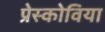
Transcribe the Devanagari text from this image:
प्रेस्कोविया